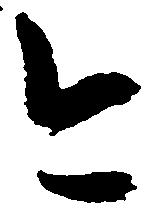
今